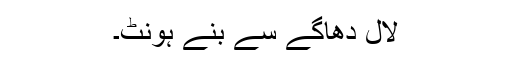
لال دھاگے سے بنے ہونٹ۔